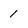
Character: 1